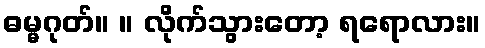
ဓမ္မဂုတ်။ ။ လိုက်သွားတော့ ရရောလား။